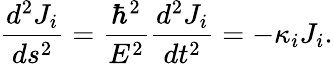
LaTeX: \frac{d^{2}J_{i}}{ds^{2}}=\frac{\hbar^{2}}{E^{2}}\frac{d^{2}J_{i}}{dt^{2}}=-\kappa_{i}J_{i}.